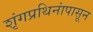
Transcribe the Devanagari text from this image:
शृंगप्रथिनांपासून